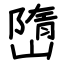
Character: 嶞